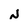
Character: N